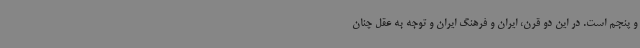
و پنجم است. در این دو قرن، ایران و فرهنگ ایران و توجه به عقل چنان